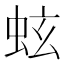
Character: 蚿